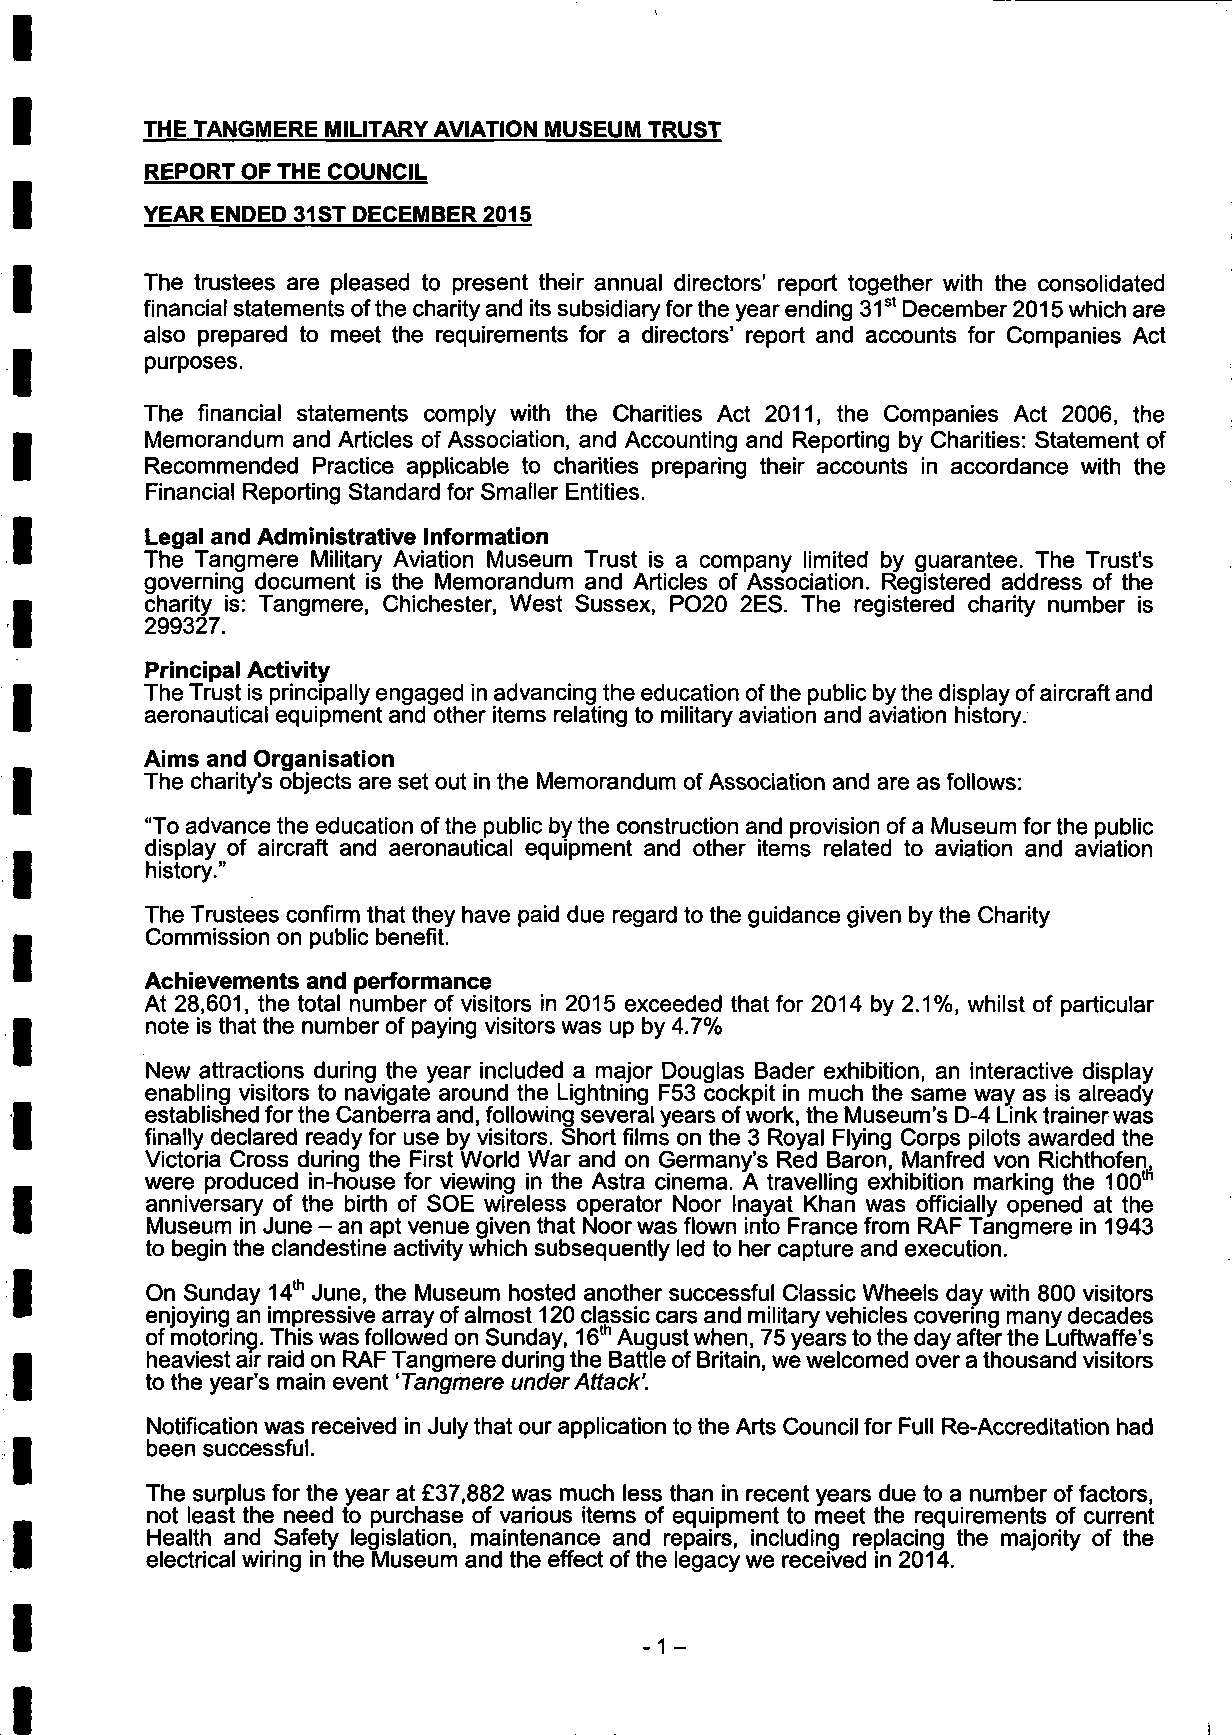
THE TANGMERE MILITARY AVIATION MUSEUM TRUST
 REPORT OF THE COUNCIL
 YEAR ENDED 31 ST DECEMBER 2015
 The trustees are pleased to present their annual directors' report together with the consolidated
 financial statements of the charity and its subsidiary for the year ending 31st December 2015 which are
 also prepared to meet the requirements for a directors' report and accounts for Companies Act
 purposes.
 The financial statements comply with the Charities Act 2011, the Companies Act 2006, the
 Memorandum and Articles of Association, and Accounting and Reporting by Charities: Statement of
 Recommended Practice applicable to charities preparing their accounts in accordance with the
 Financial Reporting Standard for Smaller Entities.
 Legal and Administrative Information
 The Tangmere Military Aviation Museum Trust is a company limited by guarantee. The Trust's
 governing document is the Memorandum and Articles of Association. Registered address of the
 charity is: Tangmere, Chichester, West Sussex, PO20 2ES. The registered charity number is
 299327.
 Principal Activity
 The Trust is principally engaged in advancing the education of the public by the display of aircraft and
 aeronautical equipment and other items relating to military aviation and aviation history.
 Aims and Organisation
 The charity's objects are set out in the Memorandum of Association and are as follows:
 "To advance the education of the public by the construction and provision of a Museum for the public
 display of aircraft and aeronautical equipment and other items related to aviation and aviation
 history."
 The Trustees confirm that they have paid due regard to the guidance given by the Charity
 Commission on public benefit.
 Achievements and performance
 At 28,601, the total number of visitors in 2015 exceeded that for 2014 by 2.1%, whilst of particular
 note is that the number of paying visitors was up by 4.7%
 New attractions during the year included a major Douglas Bader exhibition, an interactive display
 enabling visitors to navigate around the Lightning F53 cockpit in much the same way as is already
 established for the Canberra and, following several years of work, the Museum's D-4 Link trainer was
 finally declared ready for use by visitors. Short films on the 3 Royal Flying Corps pilots awarded the
 Victoria Cross during the First World War and on Germany's Red Baron, Manfred von Richthofen,
 were produced in-house for viewing in the Astra cinema. A travelling exhibition marking the 100th
 anniversary of the birth of SOE wireless operator Noor Inayat Khan was officially opened at the
 Museum in June - an apt venue given that Noor was flown into France from RAF Tangmere in 1943
 to begin the clandestine activity which subsequently led to her capture and execution.
 On Sunday 14th June, the Museum hosted another successful Classic Wheels day with 800 visitors
 enjoying an impressive array of almost 120 classic cars and military vehicles covering many decades
 of motoring. This was followed on Sunday, 16th August when, 75 years to the day after the Luftwaffe's
 heaviest air raid on RAF Tangmere during the Battle of Britain, we welcomed over a thousand visitors
 to the year's main event 'Tangmere under Attack'.
 Notification was received in July that our application to the Arts Council for Full Re-Accreditation had
 been successful.
 The surplus for the year at £37,882 was much less than in recent years due to a number of factors,
 not least the need to purchase of various items of equipment to meet the requirements of current
 Health and Safety legislation, maintenance and repairs, including replacing the majority of the
 electrical wiring in the Museum and the effect of the legacy we received in 2014.